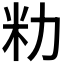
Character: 𫦨